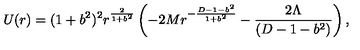
U ( r ) = ( 1 + b ^ { 2 } ) ^ { 2 } r ^ { \frac { 2 } { 1 + b ^ { 2 } } } \left( - 2 M r ^ { - { \frac { D - 1 - b ^ { 2 } } { 1 + b ^ { 2 } } } } - { \frac { 2 \Lambda } { ( D - 1 - b ^ { 2 } ) } } \right) ,